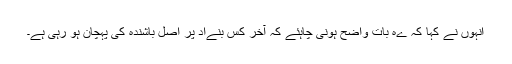
انہوں نے کہا کہ ےہ بات واضح ہونی چاہئے کہ آخر کس بنےاد پر اصل باشندہ کی پہچان ہو رہی ہے۔